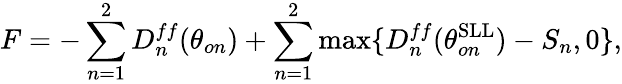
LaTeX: F=-\sum_{n=1}^{2}D_{n}^{ff}(\theta_{on})+\sum_{n=1}^{2}\mathrm{max}\{ D_{n}^{ff}(\theta_{on}^{\mathrm{SLL}})-S_{n},0\} ,